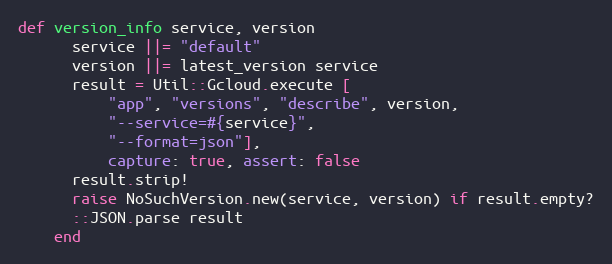
Language: Ruby
def version_info service, version
      service ||= "default"
      version ||= latest_version service
      result = Util::Gcloud.execute [
          "app", "versions", "describe", version,
          "--service=#{service}",
          "--format=json"],
          capture: true, assert: false
      result.strip!
      raise NoSuchVersion.new(service, version) if result.empty?
      ::JSON.parse result
    end